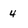
Character: 4